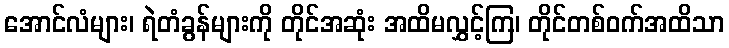
အောင်လံများ၊ ရဲတံခွန်များကို တိုင်အဆုံး အထိမလွှင့်ကြ၊ တိုင်တစ်ဝက်အထိသာ